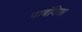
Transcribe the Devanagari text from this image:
पाबंदिया